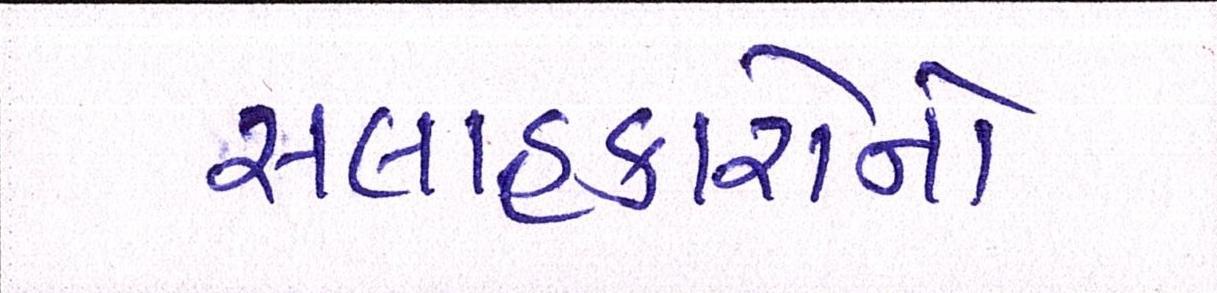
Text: સલાહકારોની